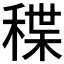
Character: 𥠓